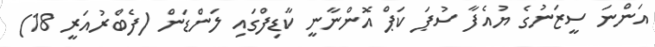
އަންނަ ސީޒަނުގެ ޔުއެފާ ސުޕަ ކަޕް އޮންނާނީ ކާޑިފްގައި ލަންޑަން (ފެބްރުއަރީ 18)